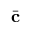
\bar { \mathbf { c } }